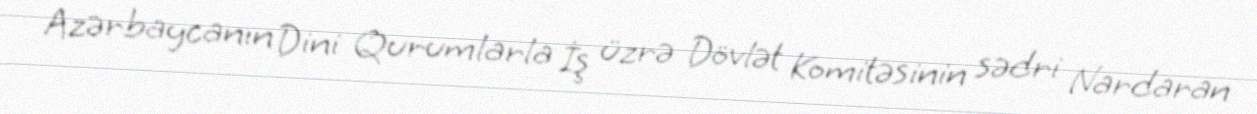
Azərbaycanın Dini Qurumlarla İş üzrə Dövlət Komitəsinin sədri Nardaran